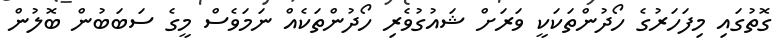
ގޮތުގައި މިފަހަރުގެ ހޯދުންތަކަކީ ވަރަށް ޝައުގުވެރި ހޯދުންތަކެއް ނަމަވެސް މީގެ ސަބަބުން ބޮލުން